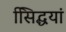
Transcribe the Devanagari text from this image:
सििद्धयां